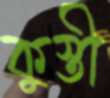
কুস্তী